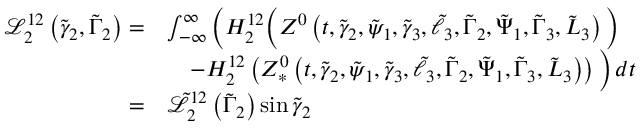
\begin{array} { r l } { \mathcal { L } _ { 2 } ^ { 1 2 } \left( \tilde { \gamma } _ { 2 } , \tilde { \Gamma } _ { 2 } \right) = } & { \int _ { - \infty } ^ { \infty } \Big ( H _ { 2 } ^ { 1 2 } \Big ( Z ^ { 0 } \left( t , \tilde { \gamma } _ { 2 } , \tilde { \psi } _ { 1 } , \tilde { \gamma } _ { 3 } , \tilde { \ell } _ { 3 } , \tilde { \Gamma } _ { 2 } , \tilde { \Psi } _ { 1 } , \tilde { \Gamma } _ { 3 } , \tilde { L } _ { 3 } \right) \Big ) } \\ & { \quad - H _ { 2 } ^ { 1 2 } \left( Z _ { * } ^ { 0 } \left( t , \tilde { \gamma } _ { 2 } , \tilde { \psi } _ { 1 } , \tilde { \gamma } _ { 3 } , \tilde { \ell } _ { 3 } , \tilde { \Gamma } _ { 2 } , \tilde { \Psi } _ { 1 } , \tilde { \Gamma } _ { 3 } , \tilde { L } _ { 3 } \right) \right) \Big ) \, d t } \\ { = } & { \tilde { \mathcal { L } } _ { 2 } ^ { 1 2 } \left( \tilde { \Gamma } _ { 2 } \right) \sin \tilde { \gamma } _ { 2 } } \end{array}